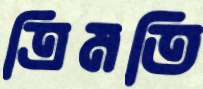
ত্রিমতি